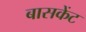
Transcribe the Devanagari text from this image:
बासकेंट